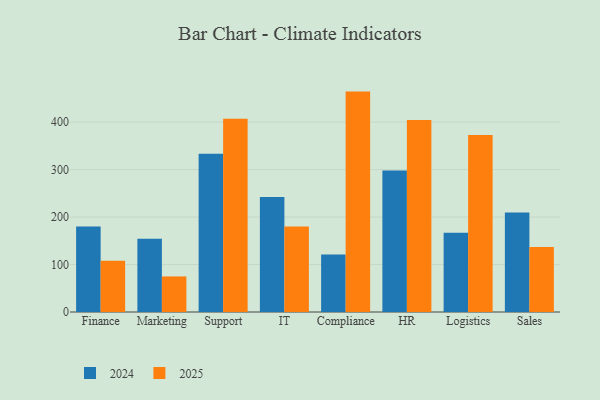
{"axis": {"x": "Department", "y": "Inventory Turnover"}, "legend": ["2024", "2025"], "data": [{"x": "Finance", "y": 180.3, "type": "2024"}, {"x": "Finance", "y": 108.2, "type": "2025"}, {"x": "Marketing", "y": 154.2, "type": "2024"}, {"x": "Marketing", "y": 74.9, "type": "2025"}, {"x": "Support", "y": 333.2, "type": "2024"}, {"x": "Support", "y": 407.3, "type": "2025"}, {"x": "IT", "y": 242.1, "type": "2024"}, {"x": "IT", "y": 180.3, "type": "2025"}, {"x": "Compliance", "y": 121.1, "type": "2024"}, {"x": "Compliance", "y": 464.3, "type": "2025"}, {"x": "HR", "y": 298.0, "type": "2024"}, {"x": "HR", "y": 404.3, "type": "2025"}, {"x": "Logistics", "y": 167.0, "type": "2024"}, {"x": "Logistics", "y": 373.0, "type": "2025"}, {"x": "Sales", "y": 209.7, "type": "2024"}, {"x": "Sales", "y": 136.9, "type": "2025"}]}